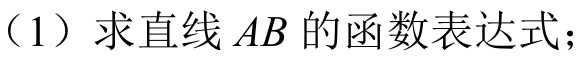
（1）求直线\(AB\)的函数表达式；